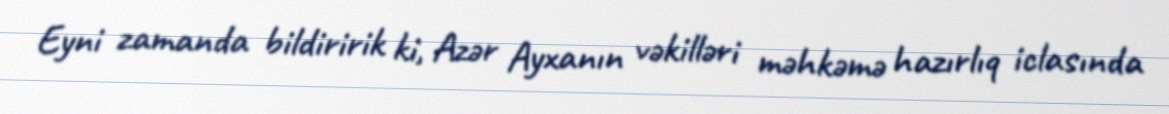
Eyni zamanda bildiririk ki, Azər Ayxanın vəkilləri məhkəmə hazırlıq iclasında